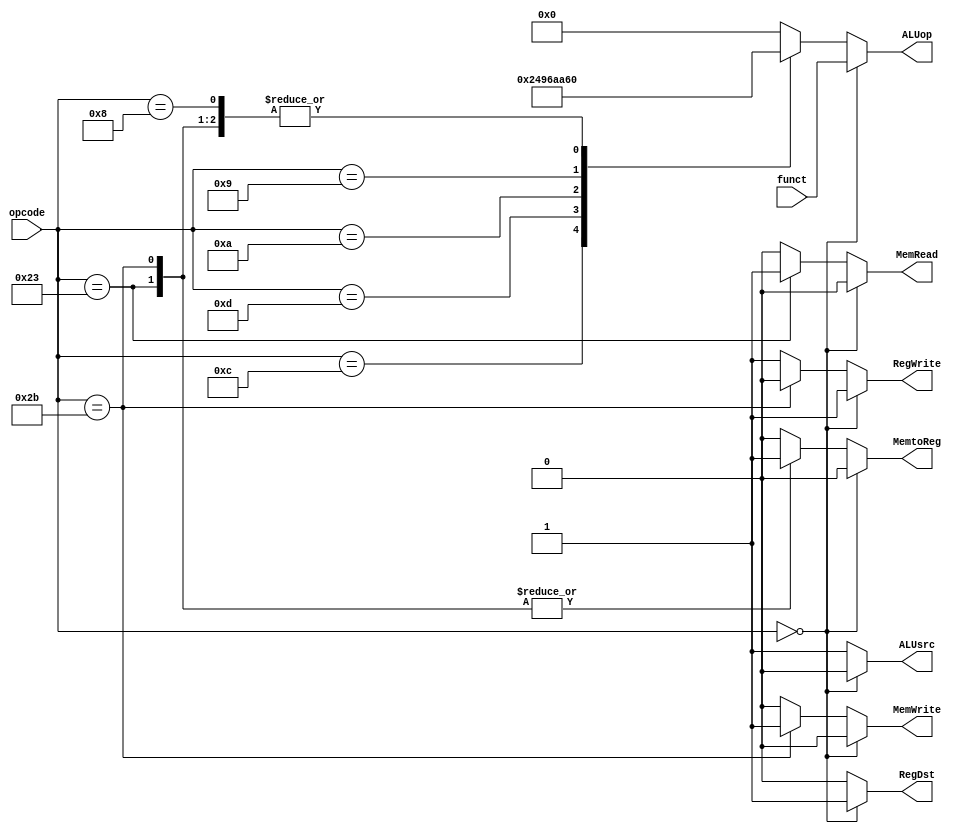
module controller #(parameter W = 6)
(
	input [W-1:0] opcode,
	input [W-1:0] funct,

	output reg RegDst,
	output reg MemRead,
	output reg MemtoReg,
	output reg MemWrite,
	output reg ALUsrc,
	output reg RegWrite,

	output reg[W-1:0] ALUop
);

    parameter R_TYPE = 6'd0;
    parameter LW = 6'b100011;
	parameter SW = 6'b101011;

	parameter ADD = 6'b100000;
	parameter ADDU = 6'b100001;
	parameter SUB = 6'b100010;
	parameter SUBU = 6'b100011;
	parameter AND = 6'b100100;
	parameter OR = 6'b100101;
	parameter NOR = 6'b100111;
	parameter SLT = 6'b101010;
	parameter SLTU = 6'b101001;

	parameter ADDI = 6'b001000;
    parameter ANDI = 6'b001100;
    parameter ORI = 6'b001101;
    parameter XORI = 6'b001110;
    parameter SLTI = 6'b001010;
    parameter SLTIU = 6'b001001;

	always @ (*)
		begin
			ALUop = 0;
			ALUsrc = 0;
			MemWrite = 0;
			MemRead = 0; 
			MemtoReg = 0; 
			RegWrite = 0;
			RegDst = 0;

	if (opcode == 0) // R Type
		begin
			RegDst = 1;
			RegWrite = 1;
			ALUsrc = 0;
			MemtoReg = 0;
	        ALUop = funct;
		end

	// I Type
	else
		begin
			MemtoReg = 0;
			RegDst = 0;
			RegWrite = 1;
			ALUsrc = 1;
            MemRead     = 0; 
            MemWrite    = 0;

		case (opcode)
			ANDI:	ALUop = AND;
			ORI:	ALUop = OR;
			SLTI:	ALUop = SLT;
			ADDI:	ALUop = ADD;
			SLTIU:	ALUop = SLTU;

			LW:	begin
						ALUop = ADD;
						MemtoReg = 1;
						MemRead = 1;

						end
			SW:  begin
						ALUop = ADD;
						MemWrite = 1;
						MemtoReg = 1;
						RegWrite = 0;
						end
		endcase
		end

	end
endmodule